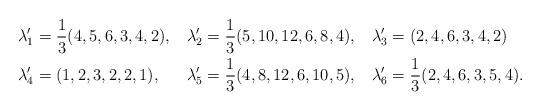
LaTeX: \begin{align*}\lambda'_1 &= \frac{1}{3}(4,5,6,3,4,2),&\lambda'_2 &= \frac{1}{3}(5,10,12,6,8,4),&\lambda'_3 &= (2,4,6,3,4,2)\\\lambda'_4 &= (1,2,3,2,2,1),&\lambda'_5 &= \frac{1}{3}(4,8,12,6,10,5),&\lambda'_6 &= \frac{1}{3}(2,4,6,3,5,4).\end{align*}